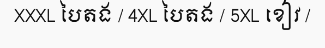
XXXL បៃតង / 4XL បៃតង / 5XL ខៀវ /